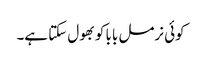
کوئی نرمل بابا کو بھول سکتا ہے۔